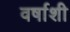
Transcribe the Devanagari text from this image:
वर्षाशी